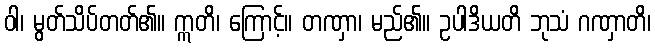
ဝါ၊ မွတ်သိပ်တတ်၏။ ဣတိ၊ ကြောင့်။ တဏှာ၊ မည်၏။ ဥပါဒိယတိ ဘုသံ ဂဏှာတိ၊